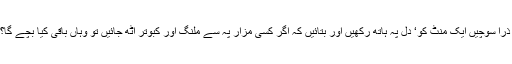
ذرا سوچیں ایک منٹ کو‘ دل پہ ہاتھ رکھیں اور بتائیں کہ اگر کسی مزار پہ سے ملنگ اور کبوتر اٹھ جائیں تو وہاں باقی کیا بچے گا؟